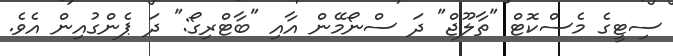
ސިޓީގެ މެސްކޮޓް "ތާލޫޖް" ދަ ސްނޯމޭން އާއި "ބާޓްރިގޯ:" ދަ ޕެންގުއިން އެވެ.